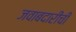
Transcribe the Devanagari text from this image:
जवाबदारीची